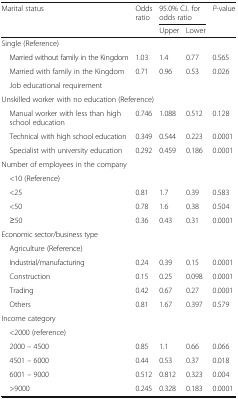
<table><thead><tr><td rowspan="2"><b>Marital status</b></td><td rowspan="2"><b>Odds ratio</b></td><td colspan="2"><b>95.0% C.I. for odds ratio</b></td><td rowspan="2"><b><i>P</i>-value</b></td></tr><tr><td><b>Upper</b></td><td><b>Lower</b></td></tr></thead><tbody><tr><td colspan="5">Single (Reference)</td></tr><tr><td> Married without family in the Kingdom</td><td>1.03</td><td>1.4</td><td>0.77</td><td>0.565</td></tr><tr><td> Married with family in the Kingdom</td><td>0.71</td><td>0.96</td><td>0.53</td><td>0.026</td></tr><tr><td colspan="5"> Job educational requirement</td></tr><tr><td colspan="5">Unskilled worker with no education (Reference)</td></tr><tr><td> Manual worker with less than high school education</td><td>0.746</td><td>1.088</td><td>0.512</td><td>0.128</td></tr><tr><td> Technical with high school education</td><td>0.349</td><td>0.544</td><td>0.223</td><td>0.0001</td></tr><tr><td> Specialist with university education</td><td>0.292</td><td>0.459</td><td>0.186</td><td>0.0001</td></tr><tr><td colspan="5">Number of employees in the company</td></tr><tr><td colspan="5"> &lt;10 (Reference)</td></tr><tr><td> &lt;25</td><td>0.81</td><td>1.7</td><td>0.39</td><td>0.583</td></tr><tr><td> &lt;50</td><td>0.78</td><td>1.6</td><td>0.38</td><td>0.504</td></tr><tr><td> ≥50</td><td>0.36</td><td>0.43</td><td>0.31</td><td>0.0001</td></tr><tr><td colspan="5">Economic sector/business type</td></tr><tr><td colspan="5"> Agriculture (Reference)</td></tr><tr><td> Industrial/manufacturing</td><td>0.24</td><td>0.39</td><td>0.15</td><td>0.0001</td></tr><tr><td> Construction</td><td>0.15</td><td>0.25</td><td>0.098</td><td>0.0001</td></tr><tr><td> Trading</td><td>0.42</td><td>0.67</td><td>0.27</td><td>0.0001</td></tr><tr><td> Others</td><td>0.81</td><td>1.67</td><td>0.397</td><td>0.579</td></tr><tr><td colspan="5">Income category</td></tr><tr><td colspan="5"> &lt;2000 (reference)</td></tr><tr><td> 2000 – 4500</td><td>0.85</td><td>1.1</td><td>0.66</td><td>0.066</td></tr><tr><td> 4501 – 6000</td><td>0.44</td><td>0.53</td><td>0.37</td><td>0.018</td></tr><tr><td> 6001 – 9000</td><td>0.512</td><td>0.812</td><td>0.323</td><td>0.004</td></tr><tr><td> &gt;9000</td><td>0.245</td><td>0.328</td><td>0.183</td><td>0.0001</td></tr></tbody></table>